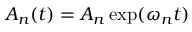
A _ { n } ( t ) = A _ { n } \exp ( \omega _ { n } t )